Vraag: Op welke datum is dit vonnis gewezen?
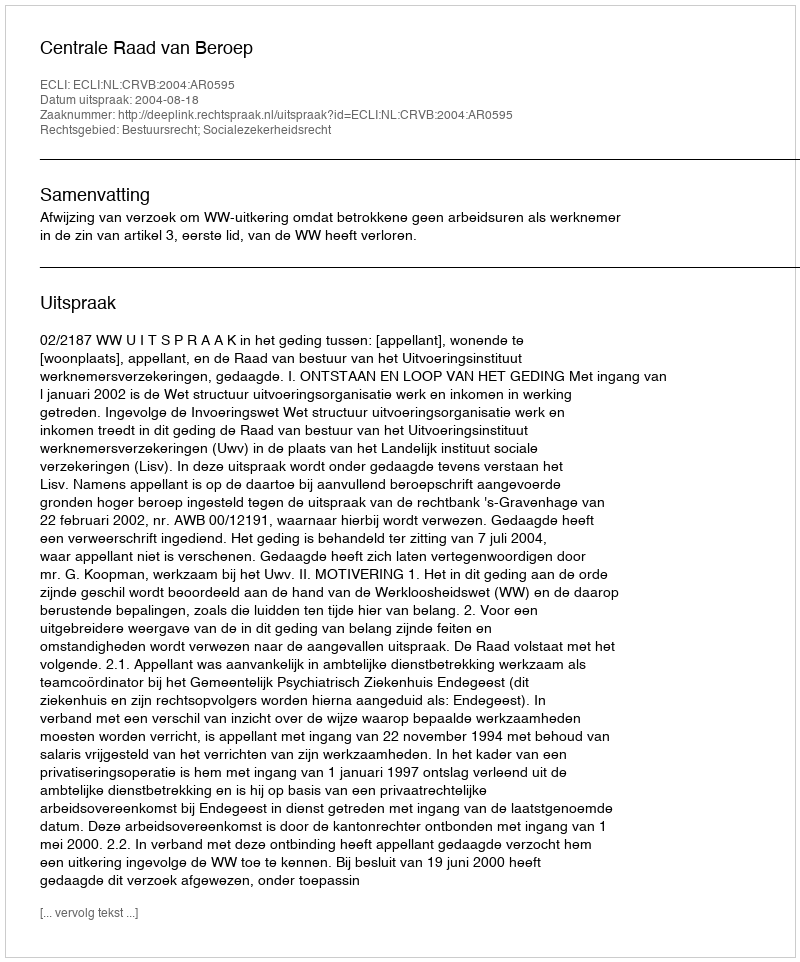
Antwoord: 2004-08-18